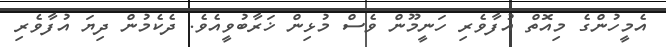
އެމީހުންގެ މިއޮތް އުފާވެރި ހަނީމޫން ވެސް މުޅިން ޚަރާބުވީއެވެ. ދެކެމުން ދިޔަ އުފާވެރި